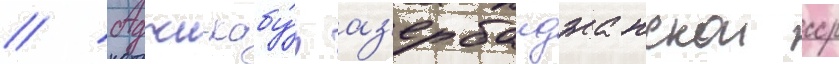
// Аджи-кабу́л аз'ербаиджанскои сср